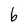
Character: b